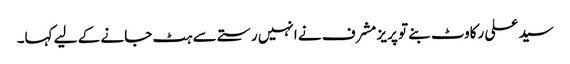
سید علی رکاوٹ بنے تو پریز مشرف نے انہیں رستے سے ہٹ جانے کے لیے کہا۔